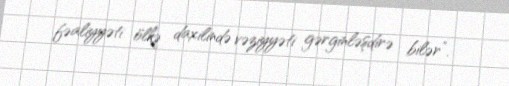
fəaliyyəti ölkə daxilində vəziyyəti gərginləşdirə bilər”.